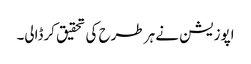
اپوزیشن نے ہر طرح کی تحقیق کرڈالی۔